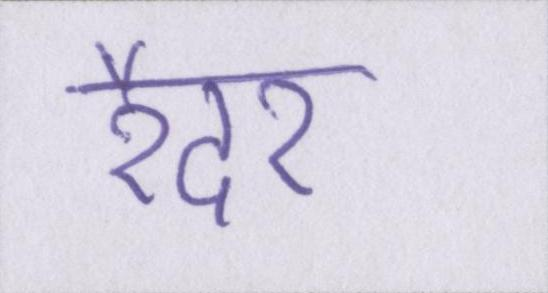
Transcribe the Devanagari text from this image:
रैदर